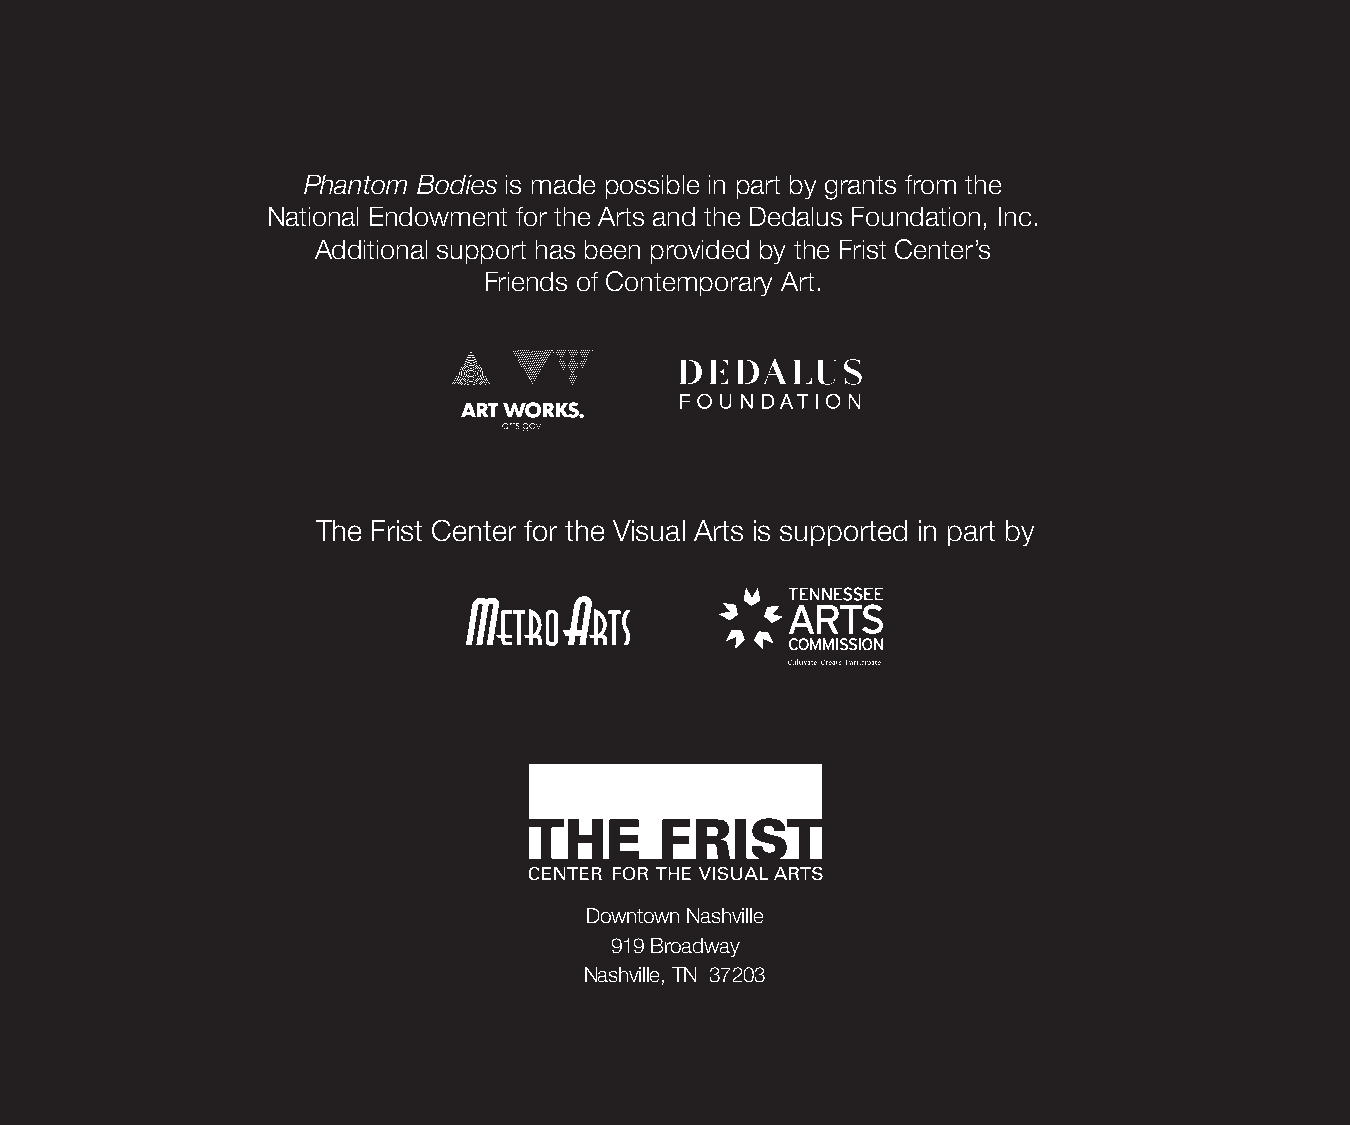
Phantom Bodies is made possible in part by grants from the
 National Endowment for the Arts and the Dedalus Foundation, Inc.
 Additional support has been provided by the Frist Center’s
 Friends of Contemporary Art.
 The Frist Center for the Visual Arts is supported in part by
 Downtown Nashville
 919 Broadway
 Nashville, TN 37203